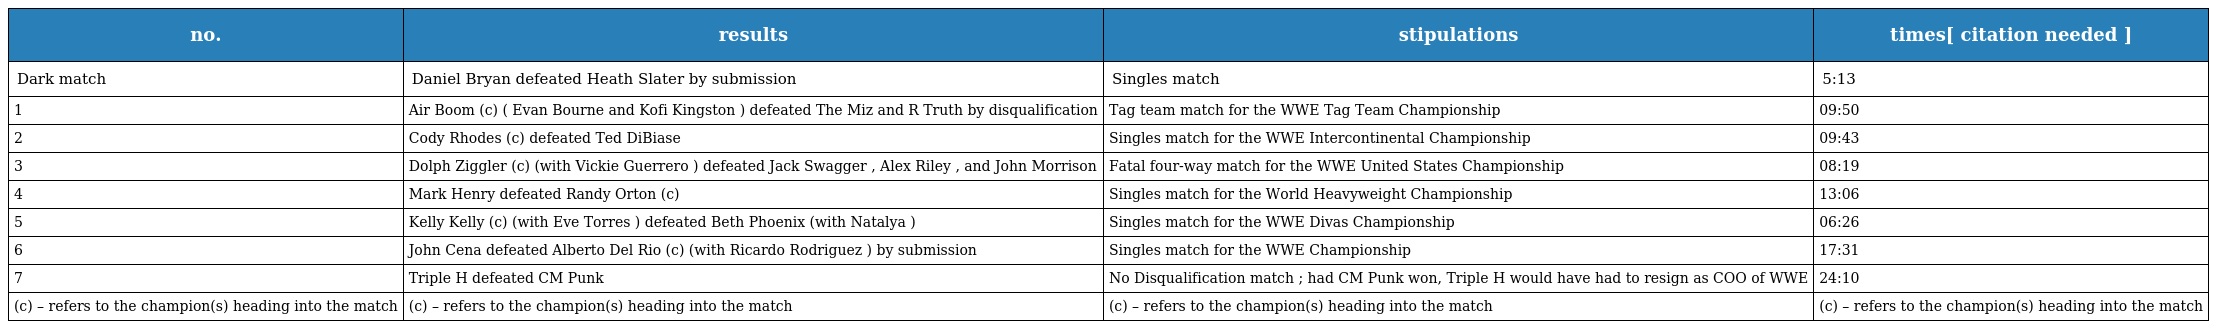
| no. | results | stipulations | times[ citation needed ] |
 | --- | --- | --- | --- |
 | Dark match | Daniel Bryan defeated Heath Slater by submission | Singles match | 5:13 |
 | 1 | Air Boom (c) ( Evan Bourne and Kofi Kingston ) defeated The Miz and R Truth by disqualification | Tag team match for the WWE Tag Team Championship | 09:50 |
 | 2 | Cody Rhodes (c) defeated Ted DiBiase | Singles match for the WWE Intercontinental Championship | 09:43 |
 | 3 | Dolph Ziggler (c) (with Vickie Guerrero ) defeated Jack Swagger , Alex Riley , and John Morrison | Fatal four-way match for the WWE United States Championship | 08:19 |
 | 4 | Mark Henry defeated Randy Orton (c) | Singles match for the World Heavyweight Championship | 13:06 |
 | 5 | Kelly Kelly (c) (with Eve Torres ) defeated Beth Phoenix (with Natalya ) | Singles match for the WWE Divas Championship | 06:26 |
 | 6 | John Cena defeated Alberto Del Rio (c) (with Ricardo Rodriguez ) by submission | Singles match for the WWE Championship | 17:31 |
 | 7 | Triple H defeated CM Punk | No Disqualification match ; had CM Punk won, Triple H would have had to resign as COO of WWE | 24:10 |
 | (c) – refers to the champion(s) heading into the match | (c) – refers to the champion(s) heading into the match | (c) – refers to the champion(s) heading into the match | (c) – refers to the champion(s) heading into the match |